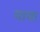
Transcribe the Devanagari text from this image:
थाया